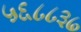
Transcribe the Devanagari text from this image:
५६८८३७